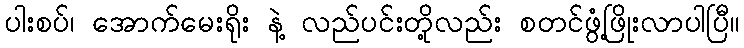
ပါးစပ်၊ အောက်မေးရိုး နဲ့ လည်ပင်းတို့လည်း စတင်ဖွံ့ဖြိုးလာပါပြီ။